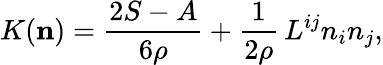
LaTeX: K({\mathbf{n}})=\frac{2S-A}{6\rho}+\frac 1{2\rho}\, L^{ij}n_{i}n_{j},